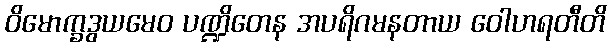
ဝိမောက္ခဒွယမေဝ ပဏ္ဍိတေန အပရိဂမနတာယ ဝေါဟရတီတိ